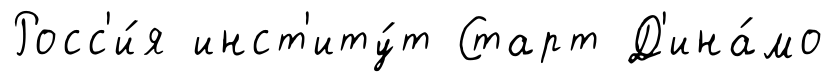
Росс'и́я инст'иту́т Старт Д'ина́мо